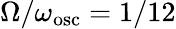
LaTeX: \Omega/\omega_{\mathrm{osc}}=1/12